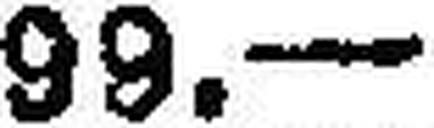
99.—